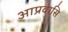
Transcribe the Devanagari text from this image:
आप्रवासि